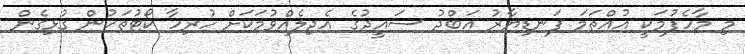
މި މާހެފުމަކީ އުއްތަމަ ފަނޑިޔާރު އަބްދު ސައީދުގެ އެދިލެއްވުމަކަށް ހުރިހާ ކޯޓުތަކުން ގުޅިގެން